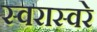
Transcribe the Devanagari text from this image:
स्वरास्वरे